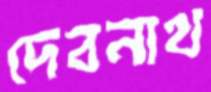
দেবনাথ